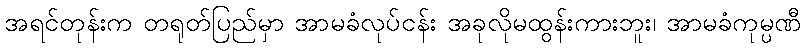
အရင်တုန်းက တရုတ်ပြည်မှာ အာမခံလုပ်ငန်း အခုလိုမထွန်းကားဘူး၊ အာမခံကုမ္ပဏီ